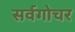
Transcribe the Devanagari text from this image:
सर्वगोचर